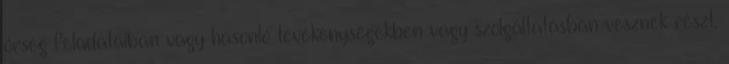
őrség feladataiban vagy hasonló tevékenységekben vagy szolgáltatásban vesznek részt.